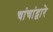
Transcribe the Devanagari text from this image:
चांचांद्वारे